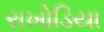
રાખોડિયા